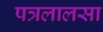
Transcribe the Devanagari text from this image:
पत्रलालसा